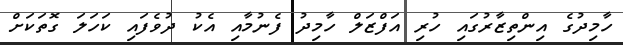
ހާމިދުގެ އިންތިޒާރުގައި ހުރި އަފްޒަލް ހާމިދު ފެނުމާއި އެކު ދުވެފައި ކަހަލަ ގޮތަކަށް